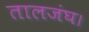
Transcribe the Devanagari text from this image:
तालजंघ।